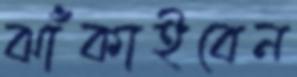
ঝাঁকাইবেন